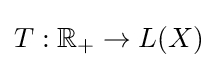
T:\mathbb {R} _{+}\to L(X)